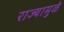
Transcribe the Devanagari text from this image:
राज्यामुळे